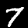
Digit: 7